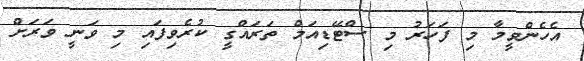
އެހެންވީމާ މި ފަހަރު މި ސްޓޭޑިއަމް ތަރައްގީ ކުރެވިފައި މި ވަނީ ވަރަށް